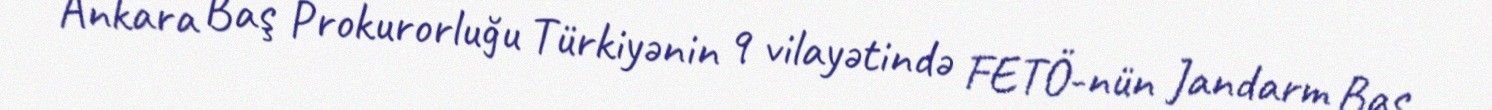
Ankara Baş Prokurorluğu Türkiyənin 9 vilayətində FETÖ-nün Jandarm Baş